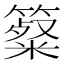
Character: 𥴷